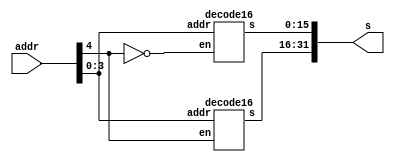
module decode32(input [4:0] addr,output [31:0] s);
    decode16 h1(addr[3:0],addr[4],s[31:16]);
    decode16 h2(addr[3:0],~addr[4],s[15:0]);
endmodule

module decode16(input [3:0]addr,input en,output [15:0] s);
    and(enable_h1,en,addr[3]);
    and(enable_h2,en,~addr[3]);
    decode8 h1(addr[2:0],enable_h1,s[15:8]);
    decode8 h2(addr[2:0],enable_h2,s[7:0]);
endmodule

module decode8(input [2:0]addr,input en,output [7:0] s);
    and(enable,en,addr[2]);
    decode4 h1(addr[1:0],enable,s[7:4]);
    decode4 h2(addr[1:0],~enable & en,s[3:0]);
endmodule

module decode4(input [1:0]addr,input en,output [3:0] s);
    and(enable,en,addr[1]);
    decode2 h1(addr[0],enable,s[3:2]);
    decode2 h2(addr[0],~enable & en,s[1:0]);
endmodule

module decode2(input addr,input en,output [1:0] s);
    and(s[1],addr,en);
    and(s[0],~addr,en);
endmodule

// en addr[1] finen 
// 0   0       0
// 0   1       0
// 1   0       0
// 1   1       1